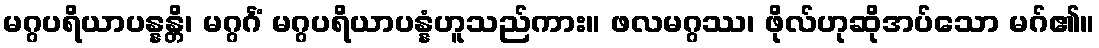
မဂ္ဂပရိယာပန္နန္တိ၊ မဂ္ဂင်္ဂံ မဂ္ဂပရိယာပန္နံဟူသည်ကား။ ဖလမဂ္ဂဿ၊ ဖိုလ်ဟုဆိုအပ်သော မဂ်၏။